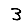
Digit: 3